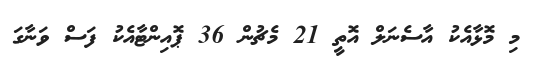
މި މޮޅާއެކު އާސެނަލް އޮތީ 21 މެޗުން 36 ޕޮއިންޓާއެކު ފަސް ވަނާގަ